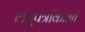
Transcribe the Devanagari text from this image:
लघुपत्रकिाओं